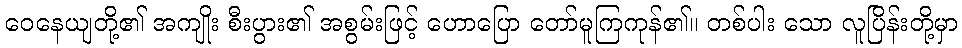
ဝေနေယျတို့၏ အကျိုး စီးပွား၏ အစွမ်းဖြင့် ဟောပြော တော်မူကြကုန်၏။ တစ်ပါး သော လူပြိန်းတို့မှာ